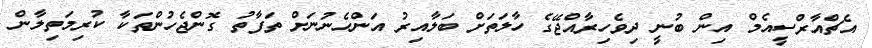
އެޗްއާރްސީއެމް އިން ބުނީ ދިވެހިރާއްޖޭގެ ހާލަތަށް ބަލާއިރު އަންހެނުނަށް ތަފާތު ގޮންޖެހުންތަކާ ކުރިމަތިލާން